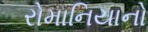
રોમાનિયાનો